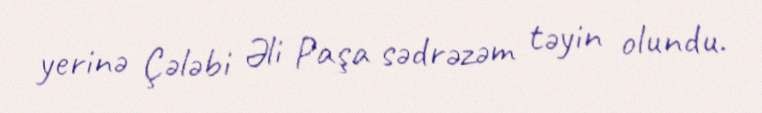
yerinə Çələbi Əli Paşa sədrəzəm təyin olundu.